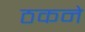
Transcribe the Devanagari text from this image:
ठकने